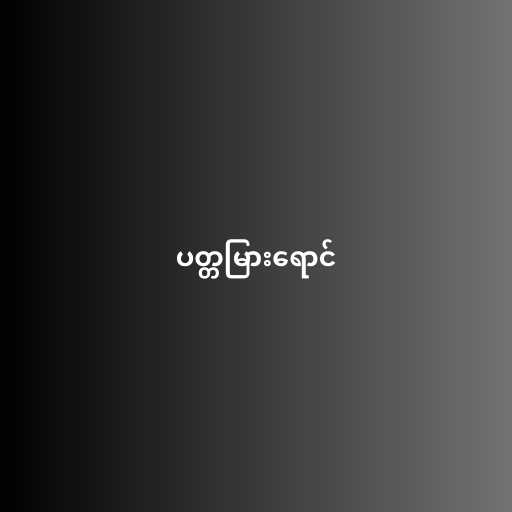
ပတ္တမြားရောင်